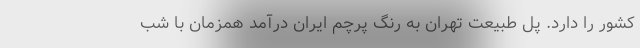
کشور را دارد. پل طبیعت تهران به رنگ پرچم ایران درآمد همزمان با شب